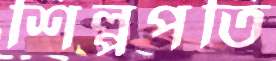
শিল্পপতি